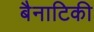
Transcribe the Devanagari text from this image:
बैनाटिकी